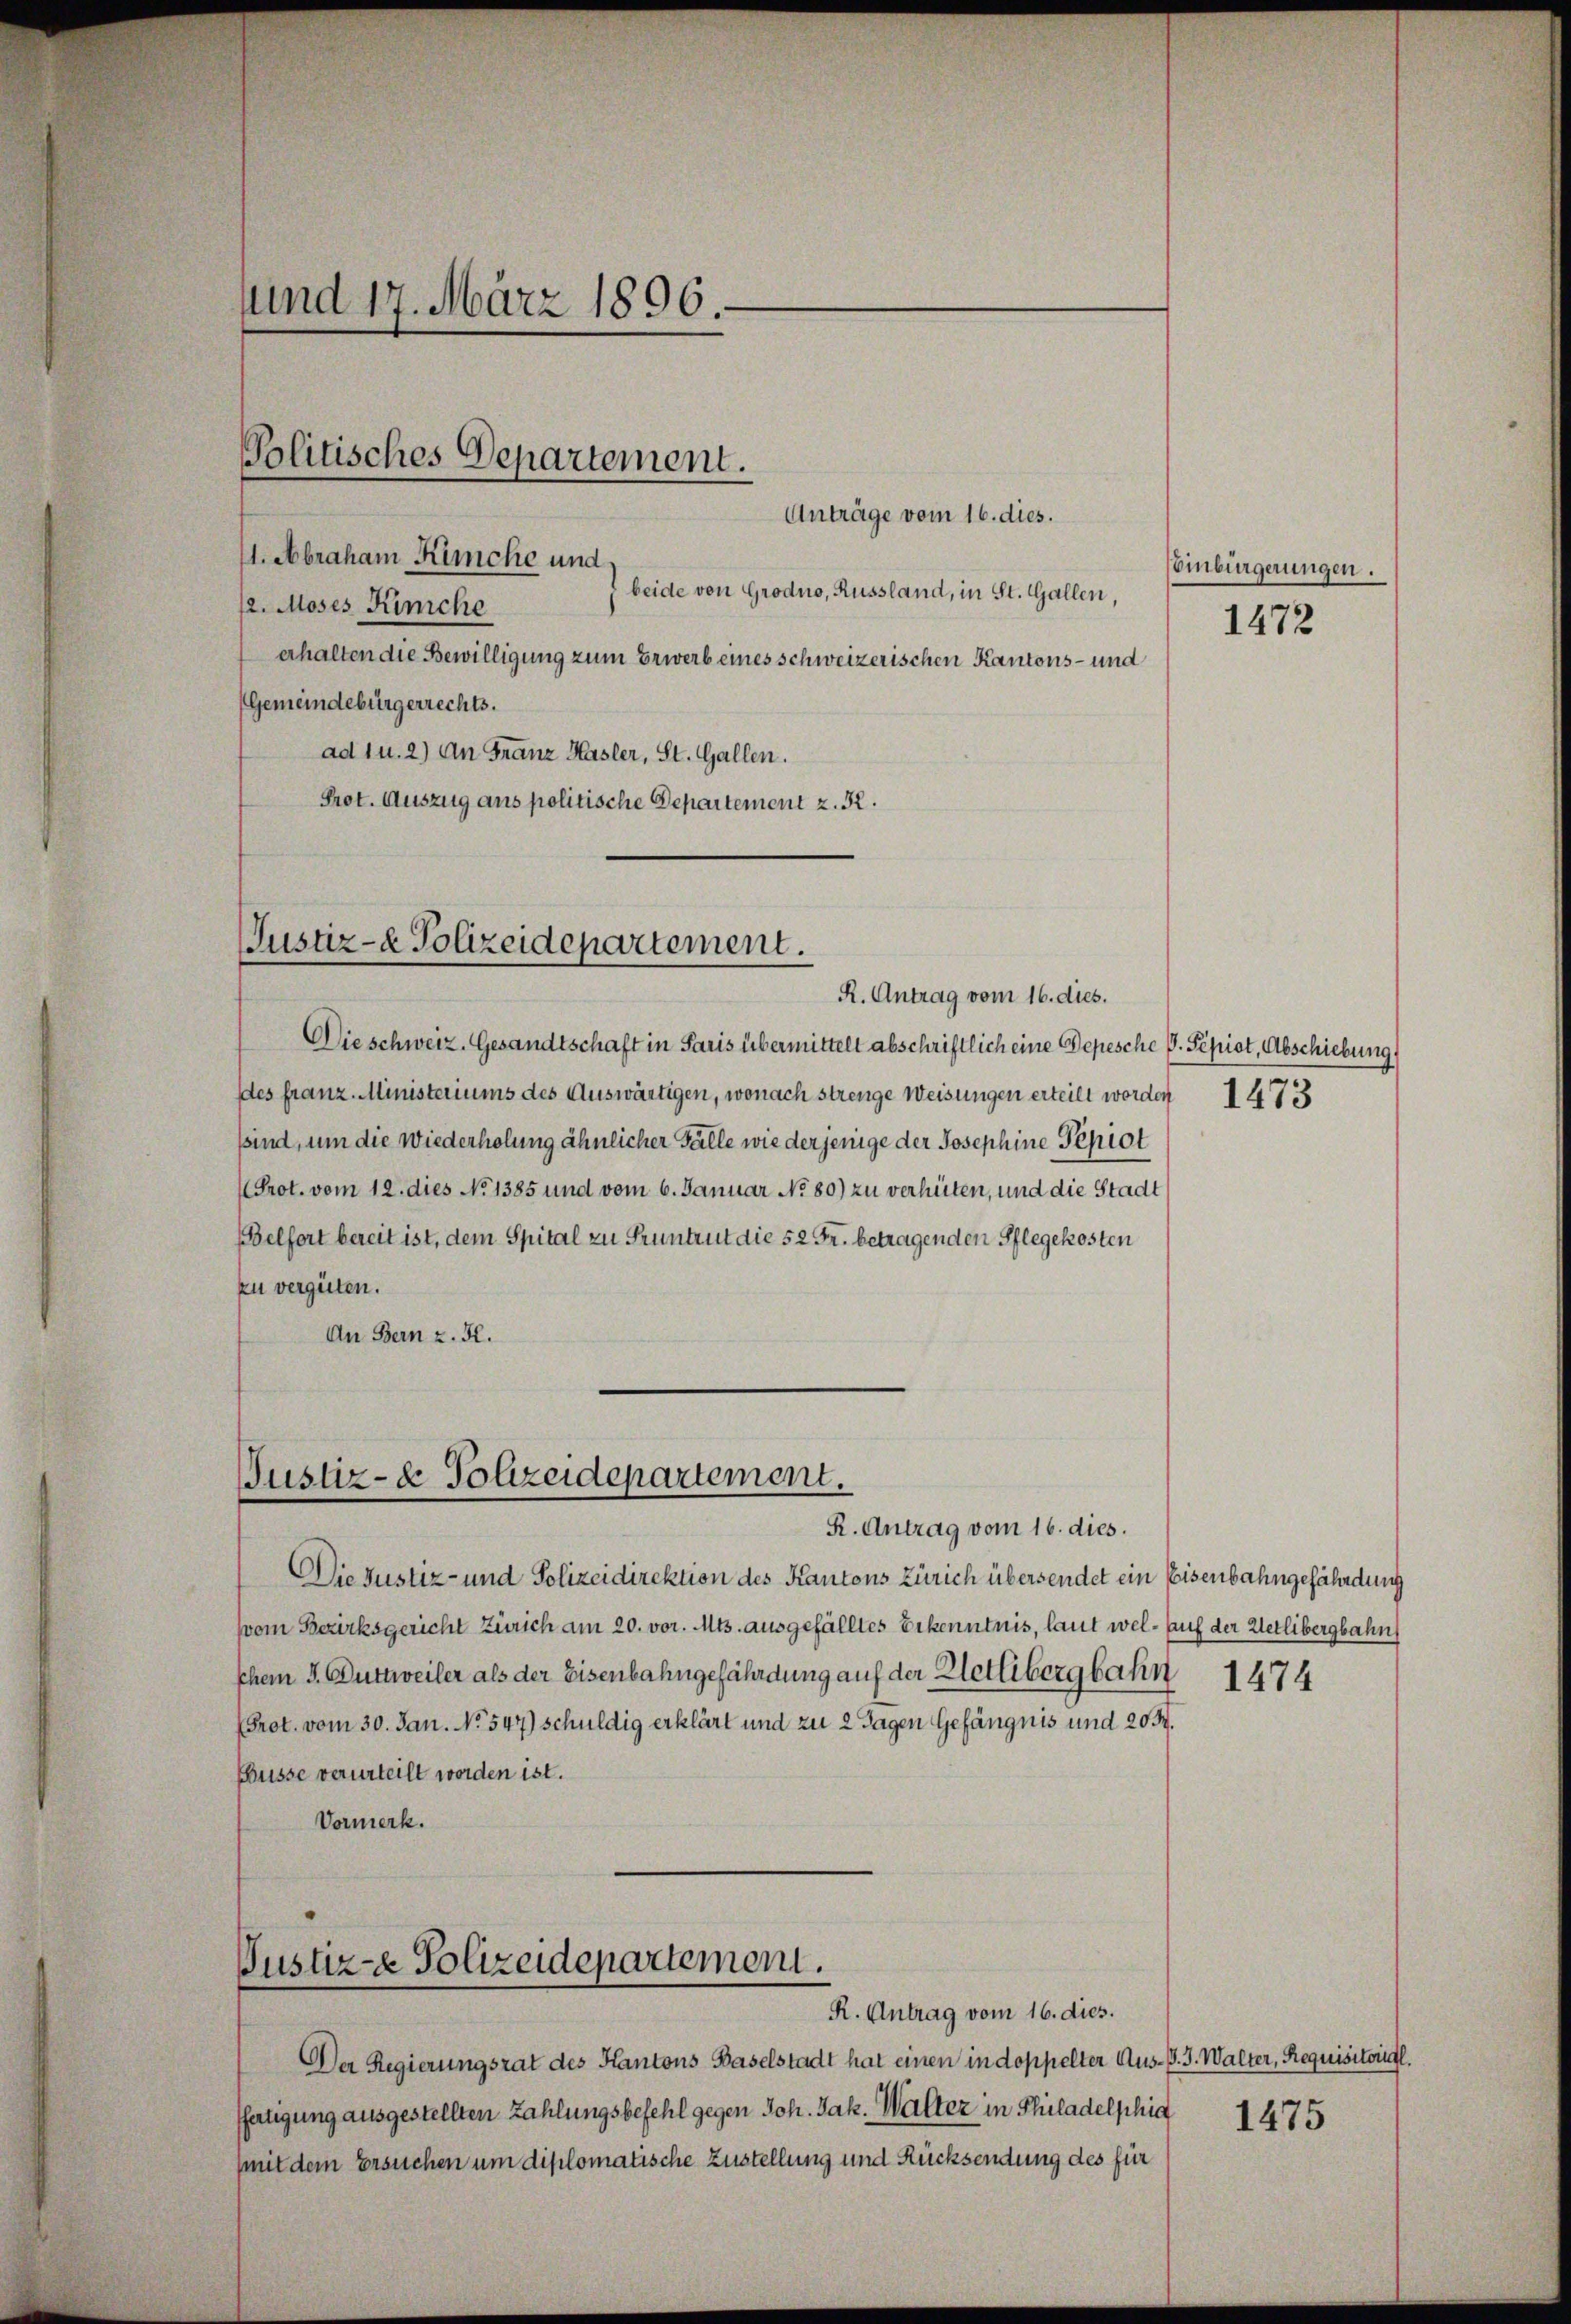
und 17. März 1806.

Politisches Departement.

Anträge vom 16. dies.
11. Abraham Kirche und
beide von Grodno, Russland, in St. Gallen,
12. Moses Kinche
erhalten die Bewilligung zum Erwerb eines schweizerischen Kantons- und
Gemeindebürgerrechts.
ad 1 u. 2) An Franz Hasler, St. Gallen.
Prot. Auszug aus politische Departement z. R.

Justiz- & Polizeidepartement.

Die schweiz. Gesandtschaft in Paris übermittelt abschriftlich eine Depesche G. Sepist, Abschiebung
des franz-Ministeriums des Auswärtigen, wonach strenge Weisungen erteilt worden 1473
sind, um die Wiederholung ähnlicher Fälle wie der jenige der Josephine Pepiot
Prot. vom 12. dies No 1385 und vom 6. Januar No. 80) zu verhüten, und die Stadt
Belfort bereit ist, dem Spital zu Pruntrut die 52 Fr. betragenden Pflegekosten
zu vergüten.
An Bern z. H.

Justiz- & Polizeidepartement.
R. Antrag vom 16. dies.

Die Justiz- und Polizeidirektion des Kantons Zürich übersendet ein Eisenbahngefährdung
(vom Bezirksgericht Zürich am 20. vor. Mts. ausgefälltes Erkenntnis, laut wel- auf der Wetlibergbahn
schem J. Guttweiler als der Eisenbahngefährdung auf der Klettibergbahn
(Prot. vom 30. Jan. No. 547) schuldig erklärt und zu 2 Tagen Gefängnis und 20 M.
Büsse verurteilt worden ist.
Vormerk.

R. Antrag vom 16. dies.

Pustiz-e Polizeidepartemoni.

Der Regierungsrat des Kantons Baselstadt hat einen in doppelter Aus-S. J. Walter, Requisitoirs.
.
ffatigung ausgestellten Zahlungsbefehl gegen Joh. Jak. Walter in Philadelphia
(mit dem Ersuchen um diplomatische Zustellung und Rücksendung des für

R. Antrag vom 16. dies.

Einbürgerungen.
1472

1474

1475